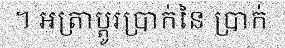
។ អត្រាប្តូរប្រាក់នៃ ប្រាក់